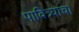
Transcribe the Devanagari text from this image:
पावित्र्याचा